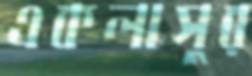
একলাসুর